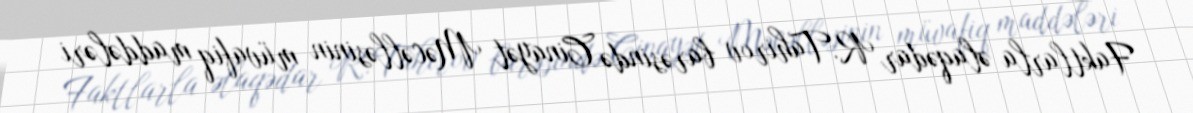
Faktlarla əlaqədar R.Tahirov barəsində Cinayət Məcəlləsinin müvafiq maddələri